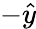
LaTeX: -\hat{y}